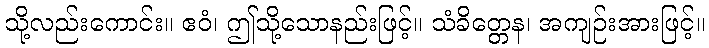
သို့လည်းကောင်း။ ဧဝံ၊ ဤသို့သောနည်းဖြင့်။ သံခိတ္တေန၊ အကျဉ်းအားဖြင့်။